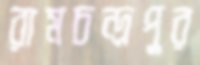
রামচন্দ্রপুর